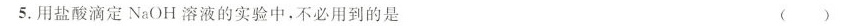
5.用盐酸滴定NaOH溶液的实验中，不必用到的是 ( )